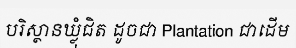
បរិស្ថានឃ្លុំជិត ដូចជា Plantation ជាដើម